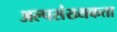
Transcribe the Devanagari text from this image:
अल्पसंख्यकता